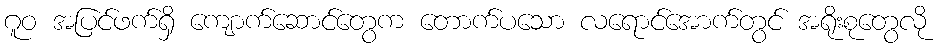
ဂူဝ အပြင်ဖက်ရှိ ကျောက်ဆောင်တွေက တောက်ပသော လရောင်အောက်တွင် အရိုးစုတွေလို